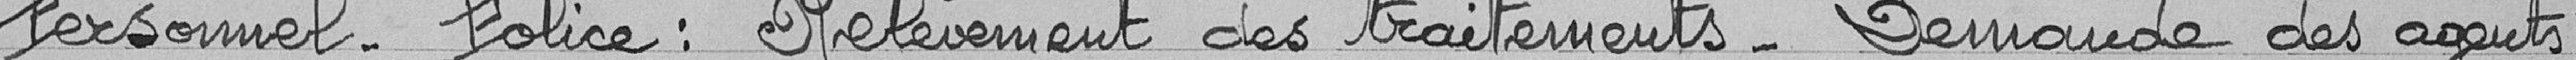
Personnel - Police : Relèvement des traitements - Demandes des agents